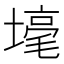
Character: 𡐒